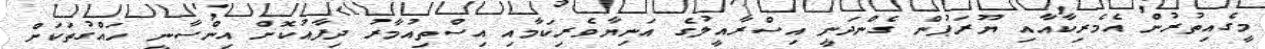
މީގެއިތުރުން އެމެރިކާއާއި ޔޫރަޕުން ގެންދަނީ އިސްރާއީލުގެ އަނިޔާވެރިކަމާއި އިސްތިއުމާރު ދިފާއުކޮށް އިންސާނީ ހައްގުތަކަށް